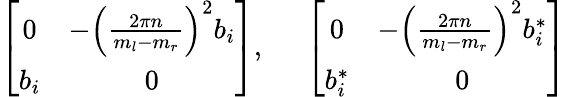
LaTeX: \left[\begin{array}{cc}{{0}}&{{-\left({\frac{2\pi n}{m_{l}-m_{r}}}\right)^{2}b_{i}}}\\ {{b_{i}}}&{{0}}\end{array}\right],\; \; \; \; \; \left[\begin{array}{cc}{{0}}&{{-\left({\frac{2\pi n}{m_{l}-m_{r}}}\right)^{2}b_{i}^{*}}}\\ {{b_{i}^{*}}}&{{0}}\end{array}\right]